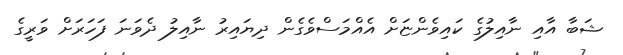
ޝަބާ އާއި ނާއިލުގެ ކައިވެންޏަށް އެއްމަސްވެގެން ދިޔައިރު ނާއިލު ދެވަނަ ފަހަރަށް ވަރީގެ